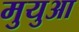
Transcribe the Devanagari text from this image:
मुयुआ